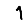
Digit: 1